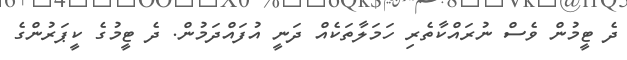
ދެ ޓީމުން ވެސް ނުރައްކާތެރި ހަމަލާތަކެއް ދަނީ އުފައްދަމުން. ދެ ޓީމުގެ ކީޕަރުންގެ